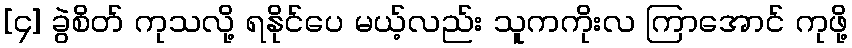
[၄] ခွဲစိတ် ကုသလို့ ရနိုင်ပေ မယ့်လည်း သူကကိုးလ ကြာအောင် ကုဖို့